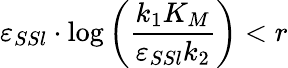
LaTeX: \varepsilon_{SSl}\cdot\log\left(\frac{k_{1}K_{M}}{\varepsilon_{SSl}k_{2}}\right)<r